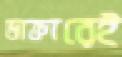
ডাক্তারেই